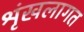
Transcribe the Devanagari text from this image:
श्रृंखलागत